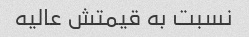
نسبت به قیمتش عالیه